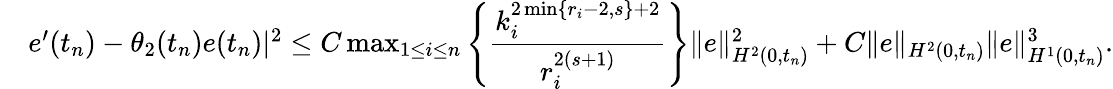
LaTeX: \begin{array}{rl}&{e^{\prime}(t_{n})-\theta_{2}(t_{n})e(t_{n})|^{2}\le C\operatorname*{max}_{1\leq i\leq n}\left\{ \displaystyle\frac{k_{i}^{2\operatorname*{min}\{ r_{i}-2,s\} +2}}{r_{i}^{2(s+1)}}\right\} \| e\| _{H^{2}(0,t_{n})}^{2}+C\| e\| _{H^{2}(0,t_{n})}\| e\| _{H^{1}(0,t_{n})}^{3}.}\end{array}